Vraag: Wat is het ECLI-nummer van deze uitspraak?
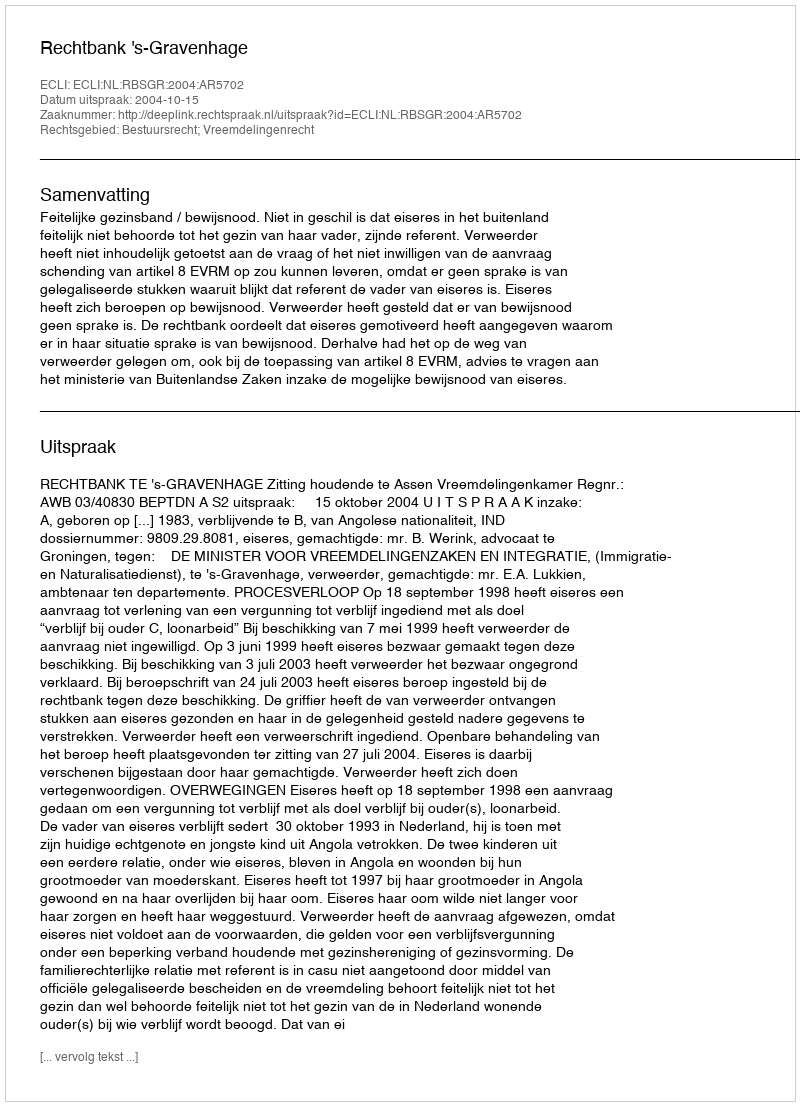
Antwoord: ECLI:NL:RBSGR:2004:AR5702